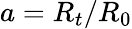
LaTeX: a=R_{t}/R_{0}